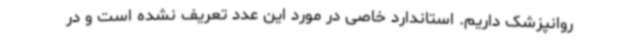
روانپزشک داریم. استاندارد خاصی در مورد این عدد تعریف نشده است و در